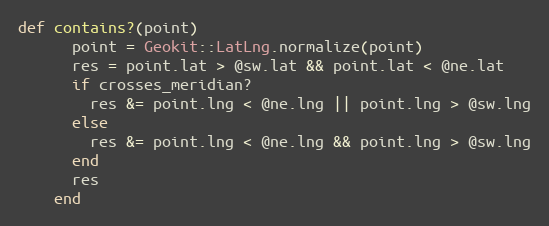
Language: Ruby
def contains?(point)
      point = Geokit::LatLng.normalize(point)
      res = point.lat > @sw.lat && point.lat < @ne.lat
      if crosses_meridian?
        res &= point.lng < @ne.lng || point.lng > @sw.lng
      else
        res &= point.lng < @ne.lng && point.lng > @sw.lng
      end
      res
    end